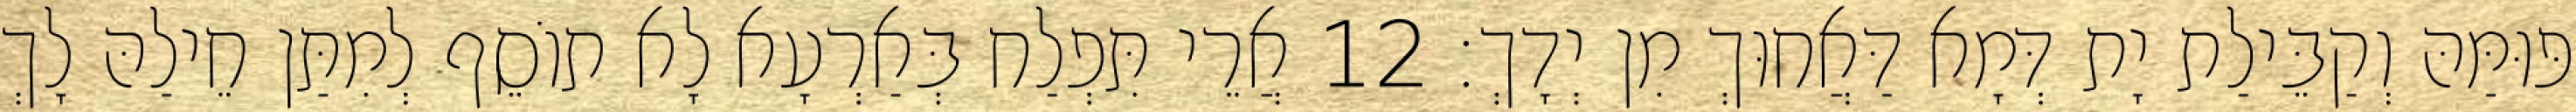
פּוּמַּהּ וְקַבֵּילַת יָת דְּמָא דַּאֲחוּךְ מִן יְדָךְ׃ 12 אֲרֵי תִּפְלַח בְּאַרְעָא לָא תוֹסֵף לְמִתַּן חֵילַהּ לָךְ